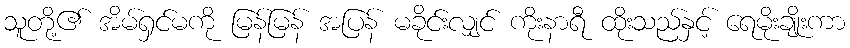
သူတို့၏ အိမ်ရှင်မကို မြန်မြန် အပြန် မခိုင်းလျှင် ကိုးနာရီ ထိုးသည်နှင့် ရေမိုးချိုးကာ